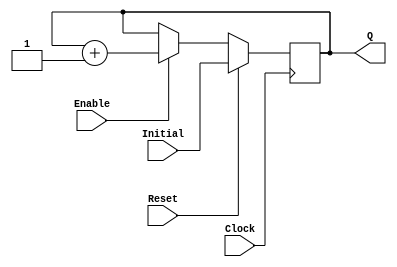
`timescale 1ns / 1ps
//------------------------------------------------
module UPCOUNTER_POSEDGE # (parameter SIZE=16)
(
input wire Clock, Reset,
input wire [SIZE-1:0] Initial,
input wire Enable,
output reg [SIZE-1:0] Q
);


  always @(posedge Clock )
  begin
      if (Reset)
        Q = Initial;
      else
		begin
		if (Enable)
			Q = Q + 1;

		end
  end

endmodule
//----------------------------------------------------
module FFD_POSEDGE_SYNCRONOUS_RESET # ( parameter SIZE=8 )
(
	input wire				Clock,
	input wire				Reset,
	input wire				Enable,
	input wire [SIZE-1:0]	D,
	output reg [SIZE-1:0]	Q
);


always @ (posedge Clock)
begin
	if ( Reset )
		Q <= 0;
	else
	begin
		if (Enable)
			Q <= D;
	end

end//always

endmodule


//----------------------------------------------------------------------
//Implementacion del modulo IMUL basandonos en un array multiplier
module IMUL (oResult, A, B);
	input wire [3:0] A;
	input wire [3:0] B;
	output [7:0] oResult; //la salida no puede ser mayor a 8 bits ya que las entradas son de 4

	//cables para los acarreos
	wire Ci_00, Ci_01, Ci_02, Ci_03, Ci_10, Ci_11, Ci_12, Ci_13, Ci_20, Ci_21, Ci_22;
	wire r01, r02, r03, r11, r12, r13;


	//r[0]
	assign oResult[0] = A[0] & B[0];

	//r[1]
	full_adder adder00 (.A(A[0] & B[1]), .B(A[1] & B[0]),
						.Ci(1'b0), .R(oResult[1]), .Co(Ci_00));

	//r[2]
	full_adder adder01 (.A(A[2] & B[0]), .B(A[1] & B[1]),
						.Ci(Ci_00), .R(r01), .Co(Ci_01));
	full_adder adder10 (.A(A[0] & B[2]), .B(r01), .Ci(1'b0),
						 .R(oResult[2]), .Co(Ci_10));

	//r[3]
	full_adder adder02 (.A(A[3] & B[0]), .B(A[2] & B[1]),
						.Ci(Ci_01), .R(r02), .Co(Ci_02));
	full_adder adder11 (.A(A[1] & B[2]), .B(r02), .Ci(Ci_10),
						.R(r11), .Co(Ci_11));
	full_adder adder20 (.A(A[0] & B[3]), .B(r11), .Ci(1'b0),
						.R(oResult[3]), .Co(Ci_20));

	//r[4]
	full_adder adder03 (.A(1'b0), .B(A[3] & B[1]), .Ci(Ci_02),
						.R(r03), .Co(Ci_03));
	full_adder adder12 (.A(A[2] & B[2]), .B(r03), .Ci(Ci_11),
						.R(r12), .Co(Ci_12));
	full_adder adder21 (.A(A[1] & B[3]), .B(r12), .Ci(Ci_20),
						.R(oResult[4]), .Co(Ci_21));

	//r[5]
	full_adder adder13 (.A(A[3] & B[2]), .B(Ci_03), .Ci(Ci_12),
						.R(r13), .Co(Ci_13));
	full_adder adder22 (.A(A[2] & B[3]), .B(r13), .Ci(Ci_21),
						.R(oResult[5]), .Co(Ci_22));

	//r[6]
	full_adder adder23 (.A(A[3] & B[3]), .B(Ci_13), .Ci(Ci_22),
						.R(oResult[6]), .Co(oResult[7]));


endmodule

//----------------------------------------------------------------------
//Esta es la implementacion de un sumador completo
//va a ser de suma importancia para la implementacion de las operaciones IMUL
//y la operacion subsecuente utilizando genvar
module full_adder (A, B, Ci, R, Co);

input wire A, B, Ci;
output wire R, Co;

assign {Co, R} = A + B + Ci;

endmodule

//----------------------------------------------------------------------
module mux_4x1 #(parameter SIZE = 16) (Shifted_A, Q, A, B);

input wire [SIZE - 1:0] A; //input wire [15:0] A;
input wire [1:0] B;

output reg [SIZE+1:0] Shifted_A; //output reg [17:0] Shifted_A;
output reg [SIZE+1:0] Q; // Q y Shifted_A necesitan 1 bit mas que A por la suma y el desplazamiento respectivamente.

always @(*) begin
	case(B)
		0: Q <= 0; 						// A *0
		1: Q <= A; 						// A *1
		2: Q <= A << 1'b1;			// A *2
		3: Q <= (A << 1'b1) + A;	// A *3

		default: Q <= 0;				// A *0
	endcase

	Shifted_A <= A << 2'b10;	// Desplazamiento adicional para adecuar la entrada
end										// al siguiente mux_4x1 segun el algoritmo.

endmodule

//----------------------------------------------------------------------

module IMUL2 (result, A, B);
	output reg [31:0] result; // Resultado de 32bits ya que se multiplican 2 numeros de 16bits.
	input wire [15:0] A;
	input wire [15:0] B;

	wire [17:0] shifted_17A; // Los tamanos van aumentando debido a que A se desplaza 2 veces
	wire [19:0] shifted_19A; // hacia la izquierda por cada etapa de mux.
	wire [21:0] shifted_21A;
	wire [23:0] shifted_23A;
	wire [25:0] shifted_25A;
	wire [27:0] shifted_27A;
	wire [29:0] shifted_29A;

	wire [17:0] oMux1;
	wire [19:0] oMux2;
	wire [21:0] oMux3;
	wire [23:0] oMux4;
	wire [25:0] oMux5;
	wire [27:0] oMux6;
	wire [29:0] oMux7;
	wire [31:0] oMux8;

	mux_4x1 # (16) mux1(.Shifted_A(shifted_17A), .Q(oMux1), .A(A), .B(B[1:0]));
	mux_4x1 # (18) mux2(.Shifted_A(shifted_19A), .Q(oMux2), .A(shifted_17A), .B(B[3:2]));
	mux_4x1 # (20) mux3(.Shifted_A(shifted_21A), .Q(oMux3), .A(shifted_19A), .B(B[5:4]));
	mux_4x1 # (22) mux4(.Shifted_A(shifted_23A), .Q(oMux4), .A(shifted_21A), .B(B[7:6]));
	mux_4x1 # (24) mux5(.Shifted_A(shifted_25A), .Q(oMux5), .A(shifted_23A), .B(B[9:8]));
	mux_4x1 # (26) mux6(.Shifted_A(shifted_27A), .Q(oMux6), .A(shifted_25A), .B(B[11:10]));
	mux_4x1 # (28) mux7(.Shifted_A(shifted_29A), .Q(oMux7), .A(shifted_27A), .B(B[13:12]));
	mux_4x1 # (30) mux8(.Q(oMux8), .A(shifted_29A), .B(B[15:14]));

	// Se suman los resultados de todos los muxes segun el algoritmo.
	always @(*)begin
		result = oMux1 + oMux2 + oMux3 + oMux4 + oMux5 + oMux6 + oMux7 + oMux8;
	end

endmodule

//----------------------------------------------------------------------
// EXPERIMENTO 4: VGA
//---------------------------------------------------------------------

module VGA_SYNC (oVsync, oHsync, oRed, oGreen, oBlue, CLK); //, iColors[2:0]);

	reg [19:0] Cycle_Counter;
	reg [11:0] Hsync_Counter;

	output reg oVsync;
	output reg oHsync;
	output reg oRed;
	output reg oGreen;
	output reg oBlue ;

	input wire CLK;
//	input wire [2:0] iColors;

	reg [3:0] vga_state=0;

//	initial vga_state = 0;

	always @ (posedge CLK) begin
		case (vga_state)

			0: begin //SetUp
				Cycle_Counter <= 19'b0;
				Hsync_Counter <= 11'b0;
				oVsync <= 1'b1;
				oHsync <= 1'b1;
				oRed <= 1;
				oGreen <= 0;
				oBlue <= 0;
				vga_state <= 1;
			end //end 0
			1: begin //Tbp
				Cycle_Counter <= Cycle_Counter +1;
				Hsync_Counter <= Hsync_Counter;
				oVsync <= 1'b1;
				oHsync <= 1'b1;
				oRed <= 1;
				oGreen <= 0;
				oBlue <= 0;
				if(Cycle_Counter == 96) begin
					Cycle_Counter <= 0;
					vga_state <= 2;
				end
				else
					vga_state <= 1;
			end //end 1

			2: begin //Tdisp
				Cycle_Counter <= Cycle_Counter +1;
				Hsync_Counter <= Hsync_Counter;
				oVsync <= 1'b1;
				oHsync <= 1'b1;
				oRed <= 1;
				oGreen <= 0;
				oBlue <= 0;
				if(Cycle_Counter == 1280) begin
					Cycle_Counter <= 0;
					vga_state <= 3;
				end
				else
					vga_state <= 2;
			end //end 2

			3: begin //Tfp
				Cycle_Counter <= Cycle_Counter +1;
				Hsync_Counter <= Hsync_Counter;
				oVsync <= 1'b1;
				oHsync <= 1'b1;
				oRed <= 1;
				oGreen <= 0;
				oBlue <= 0;
				if(Cycle_Counter == 32) begin
					Cycle_Counter <= 0;
					vga_state <= 4;
				end
				else
					vga_state <= 3;
			end //end 3

			4: begin //Hsync
				Cycle_Counter <= Cycle_Counter +1;
				Hsync_Counter <= Hsync_Counter +1;
				oVsync <= 1'b1;
				oHsync <= 1'b0;
				oRed <= 1;
				oGreen <= 0;
				oBlue <= 0;
				if(Cycle_Counter == 192) begin
					Cycle_Counter <= 0;
					if(Hsync_Counter == 479 )vga_state <= 5; // Salta a Vsync
					else vga_state <= 1; // Salta a Tbp
				end
				else
					vga_state <= 4;
			end //end 4

			5: begin //Vsync
				Cycle_Counter <= Cycle_Counter +1;
				Hsync_Counter <= Hsync_Counter;
				oVsync <= 1'b0;
				oHsync <= 1'b1;
				oRed <= 1;
				oGreen <= 0;
				oBlue <= 0;
				if(Cycle_Counter == 3200) begin
					Cycle_Counter <= 0;
					vga_state <= 1;
				end
				else
					vga_state <= 5;
			end //end 5
		endcase
	end //end always @ posedge
endmodule